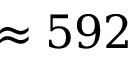
\approx 5 9 2